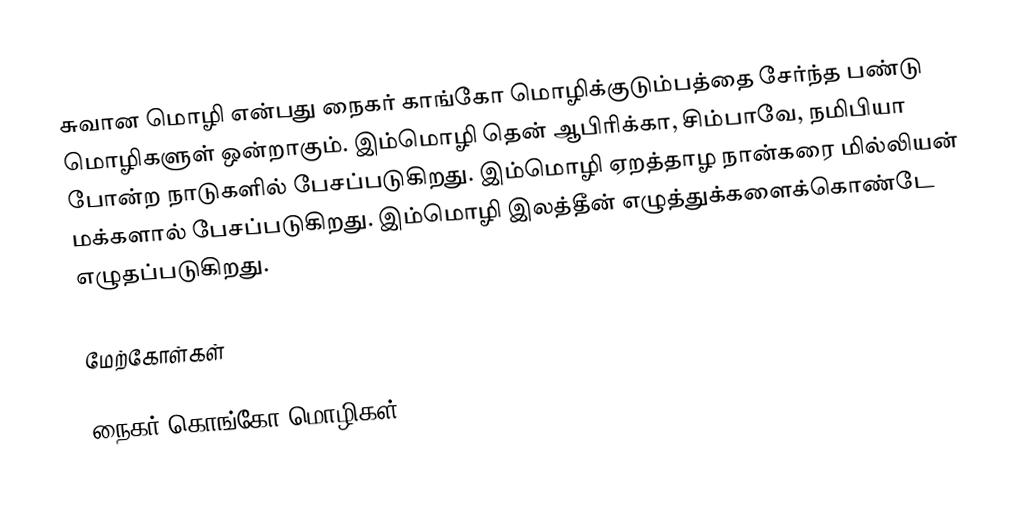
சுவான மொழி என்பது நைகர் காங்கோ மொழிக்குடும்பத்தை சேர்ந்த பண்டு மொழிகளுள் ஒன்றாகும். இம்மொழி தென் ஆபிரிக்கா, சிம்பாவே, நமிபியா போன்ற நாடுகளில் பேசப்படுகிறது. இம்மொழி ஏறத்தாழ நான்கரை மில்லியன் மக்களால் பேசப்படுகிறது. இம்மொழி இலத்தீன் எழுத்துக்களைக்கொண்டே எழுதப்படுகிறது.

மேற்கோள்கள்

நைகர்-கொங்கோ மொழிகள்